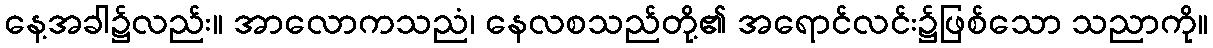
နေ့အခါ၌လည်း။ အာလောကသညံ၊ နေလစသည်တို့၏ အရောင်လင်း၌ဖြစ်သော သညာကို။